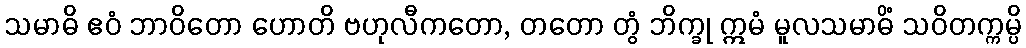
သမာဓိ ဧဝံ ဘာဝိတော ဟောတိ ဗဟုလီကတော, တတော တွံ ဘိက္ခု ဣမံ မူလသမာဓိံ သဝိတက္ကမ္ပိ